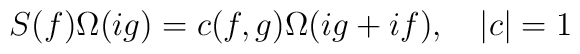
S(f)\Omega (ig)=c(f,g)\Omega (ig+if),\quad \left| c\right| =1